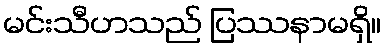
မင်းသီဟသည် ပြဿနာမရှိ။